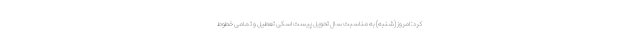
کرد: امروز (شنبه) به مناسبت سال تحویل پیست اسکی تعطیل و تمامی خطوط